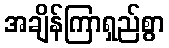
အချိန်ကြာရှည်စွာ